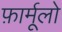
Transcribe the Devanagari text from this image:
फ़ार्मूलो